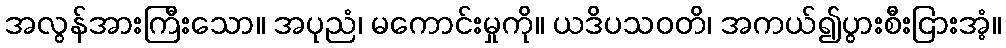
အလွန်အားကြီးသော။ အပုညံ၊ မကောင်းမှုကို။ ယဒိပသဝတိ၊ အကယ်၍ပွားစီးငြားအံ့။